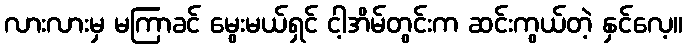
လားလားမှ မကြာခင် မွေးမယ်ရှင် ငါ့အိမ်တွင်းက ဆင်းကွယ်တဲ့ နှင်လေ့။